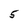
Character: 5